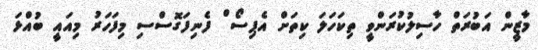
މާޒީން އަބުރަތް ހާސިލުކުރަންވީ ތިކަހަލަ ކިތަށް އެޕިސޯޱް ފެނިފަގޮސްސި މިފަހަރު މިއައީ ބުއްޅަ